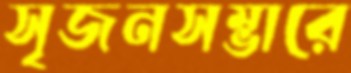
সৃজনসম্ভারে